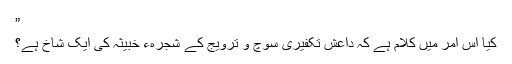
”
کیا اس امر میں کلام ہے کہ داعش تکفیری سوچ و ترویج کے شجرہء خبیثہ کی ایک شاخ ہے؟